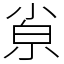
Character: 𡮂